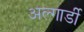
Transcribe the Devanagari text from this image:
अल्गार्डी